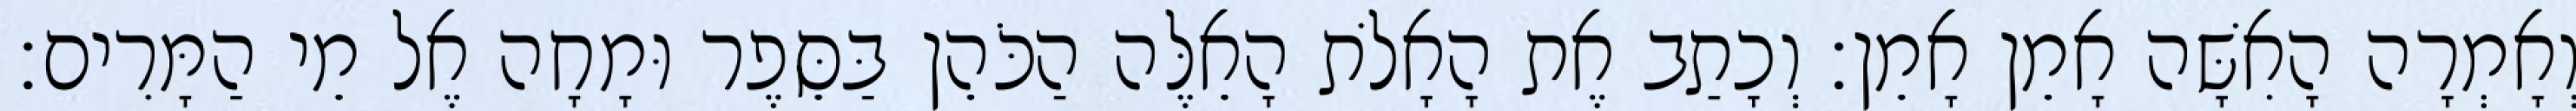
וְאָמְרָה הָאִשָּׁה אָמֵן אָמֵן׃ וְכָתַב אֶת הָאָלֹת הָאֵלֶּה הַכֹּהֵן בַּסֵּפֶר וּמָחָה אֶל מֵי הַמָּרִים׃